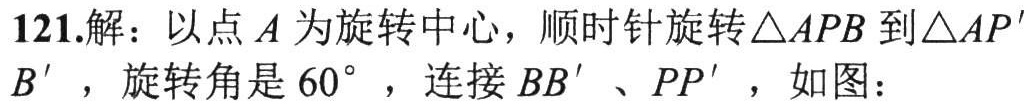
121.解：以点\(A\)为旋转中心，顺时针旋转\(\triangle APB\)到\(\triangle AP'B'\)，旋转角是\(60^{\circ}\)，连接\(BB'\)、\(PP'\)，如图：